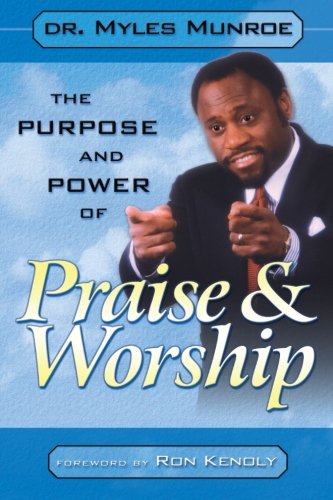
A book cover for THE PURPOSE AND POWER OF PRAISE AND WORSHIP; Myles Munroe; Christian Books & Bibles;